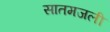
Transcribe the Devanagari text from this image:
सातमजली